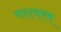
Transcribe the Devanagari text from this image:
चराचरम